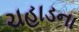
ચહાડના